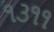
૧૩૧૧